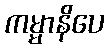
ကမ္မာနိပေ